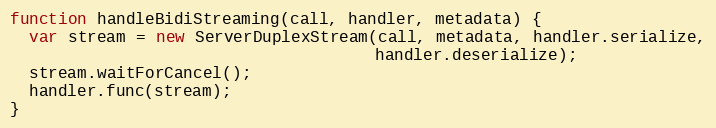
Language: JavaScript
function handleBidiStreaming(call, handler, metadata) {
  var stream = new ServerDuplexStream(call, metadata, handler.serialize,
                                      handler.deserialize);
  stream.waitForCancel();
  handler.func(stream);
}